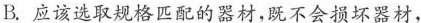
B.应该选取规格匹配的器材，既不会损坏器材，